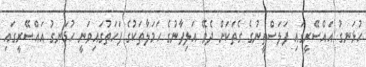
ހުޅަނގު އައްސޭރީގައި ފަލަސްތީނުގެ ގެތަކަށް ދެވޭ އަލިފާނުގެ ހަމަލާތަކުގެ ފަހަތުގައިވަނީ ހުޅަނގު އައްސޭރީގައި